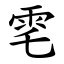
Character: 䨋